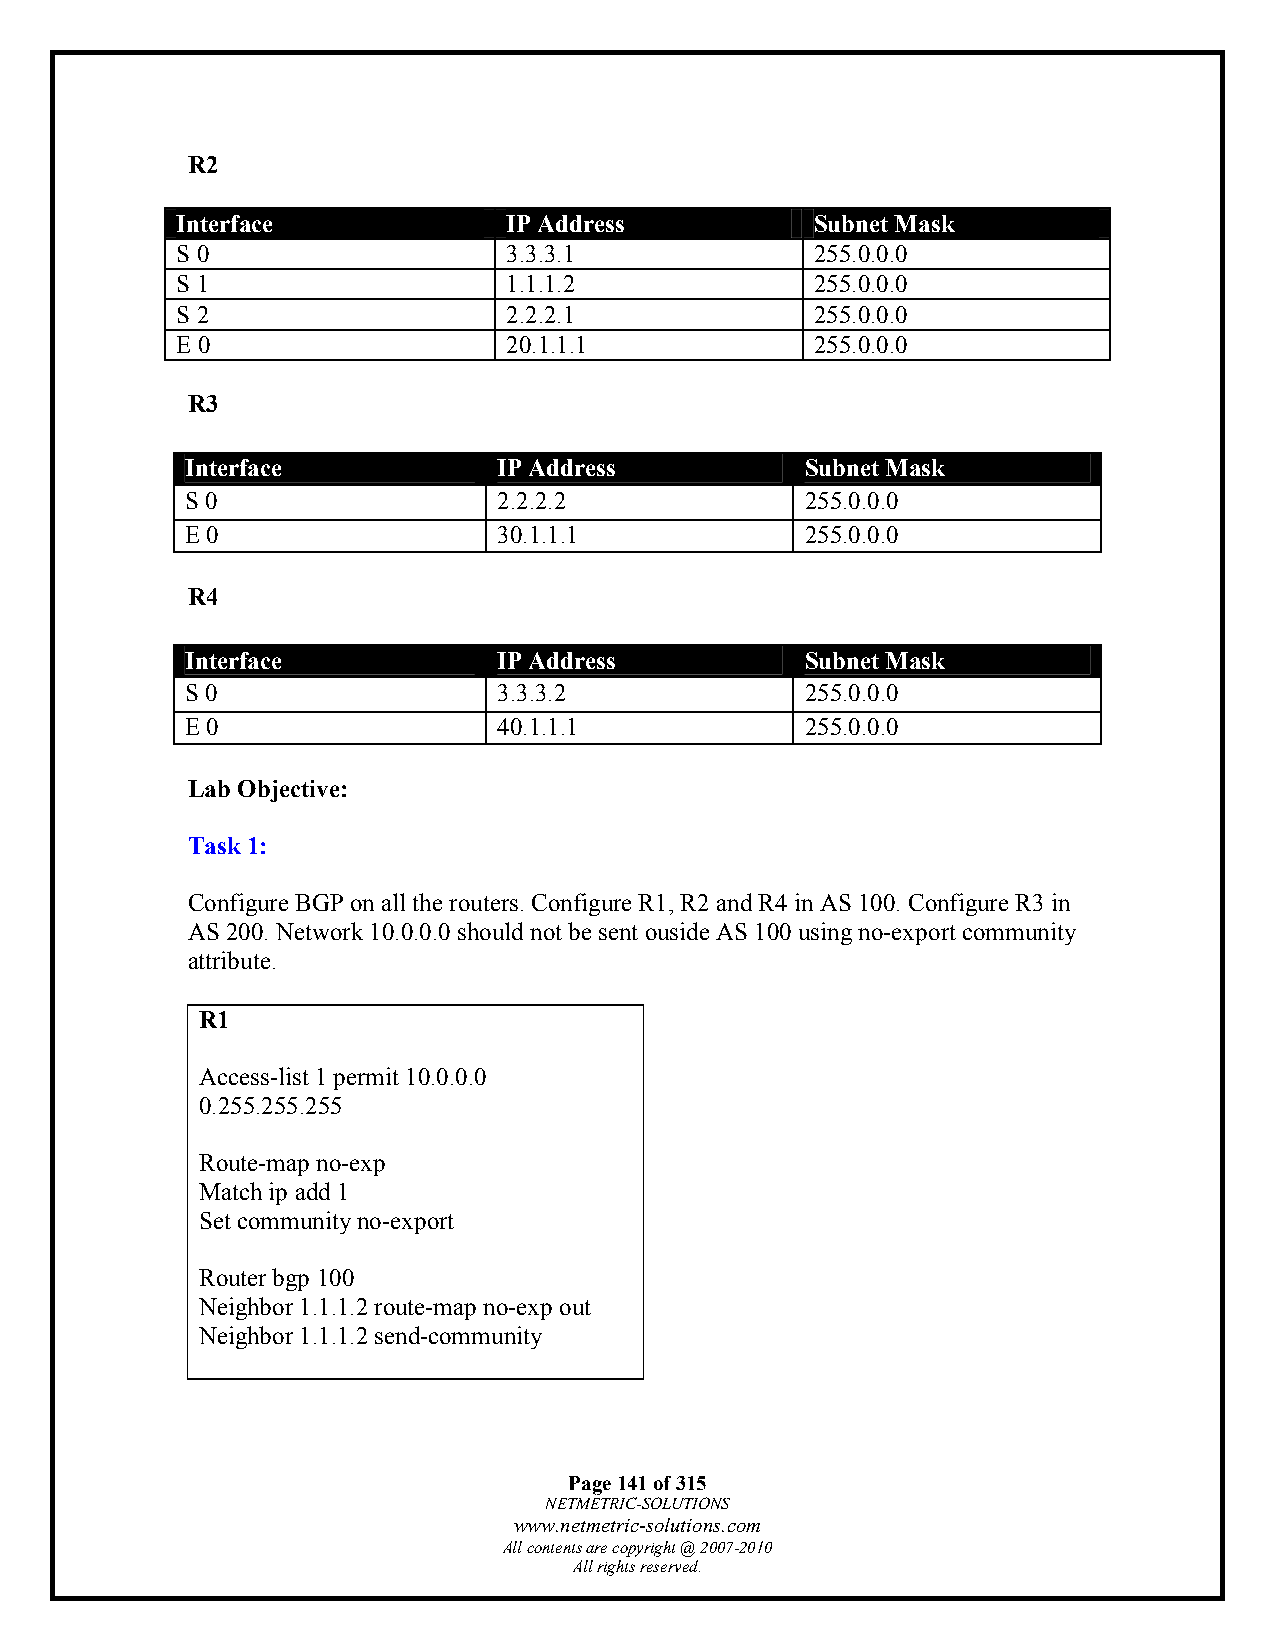
R2
 Interface             IP Address          Subnet Mask
 S 0                   3.3.3.1             255.0.0.0
 S 1                   1.1.1.2             255.0.0.0
 S 2                   2.2.2.1             255.0.0.0
 E 0                   20.1.1.1            255.0.0.0
 R3
 Interface            IP Address          Subnet Mask
 S 0                  2.2.2.2             255.0.0.0
 E 0                  30.1.1.1            255.0.0.0
 R4
 Interface            IP Address          Subnet Mask
 S 0                  3.3.3.2             255.0.0.0
 E 0                  40.1.1.1            255.0.0.0
 Lab Objective:
 Task 1:
 Configure BGP on all the routers. Configure R1, R2 and R4 in AS 100. Configure R3 in
 AS 200. Network 10.0.0.0 should not be sent ouside AS 100 using no-export community
 attribute.
 R1
 Access-list 1 permit 10.0.0.0
 0.255.255.255
 Route-map no-exp
 Match ip add 1
 Set community no-export
 Router bgp 100
 Neighbor 1.1.1.2 route-map no-exp out
 Neighbor 1.1.1.2 send-community
 Page 141 of 315
 NETMETRIC-SOLUTIONS
 www.netmetric-solutions.com
 All contents are copyright @ 2007-2010
 All rights reserved.